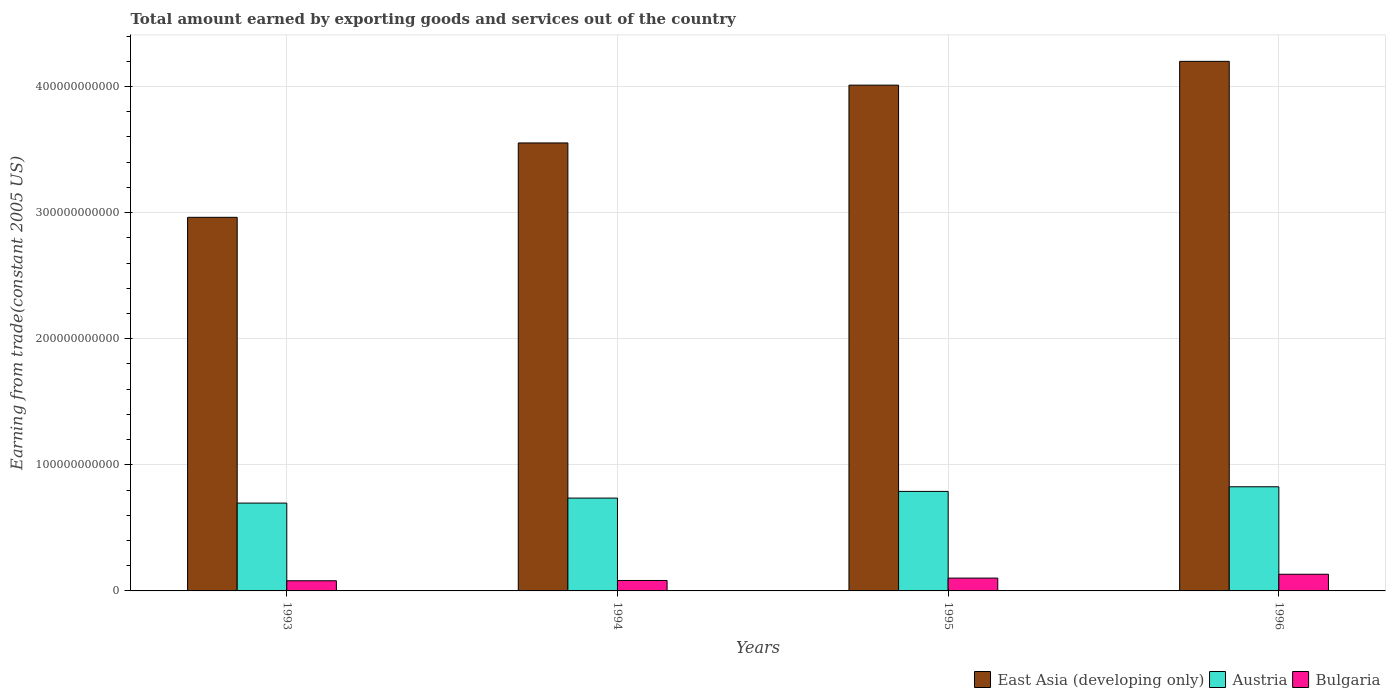
| Years | East Asia (developing only) | Austria | Bulgaria |
 | --- | --- | --- | --- |
 | 1993 | 2.96e+11 | 6.97e+10 | 8.06e+09 |
 | 1994 | 3.55e+11 | 7.36e+10 | 8.28e+09 |
 | 1995 | 4.01e+11 | 7.89e+10 | 1.02e+10 |
 | 1996 | 4.2e+11 | 8.26e+10 | 1.32e+10 |